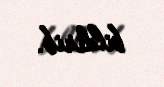
bildirib.